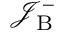
\mathcal { J } _ { \mathrm { B } } ^ { - }